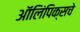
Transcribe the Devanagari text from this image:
ऑलिंपिक्सचे